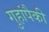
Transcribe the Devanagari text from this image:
गुहांपैकी